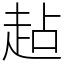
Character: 趈